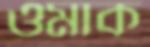
ওমাক